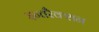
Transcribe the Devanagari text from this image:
इन्तरैक्शन